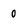
Character: o